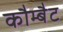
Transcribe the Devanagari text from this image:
कौम्बैट